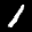
Label: 1